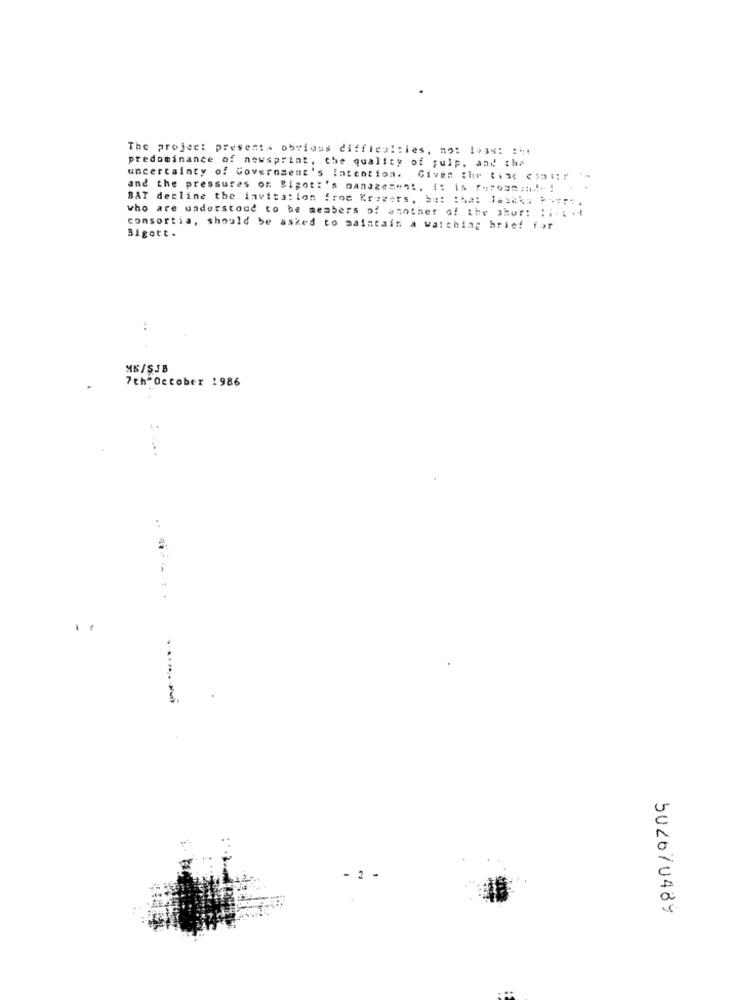
The project presents obvious difficulties, no: Iwas: :
predominance of newsprint, the quality of fulp. and the
uncertainty of Government's Intention. Given the tise Cial !!
and the pressures of. Bigot:'s management, i: is ferosemail- !
BAT decline the invitation from Krogers, be: : ha: Jaakky P -- vry,
who are understood to be members of amother of the shor: : 1.1 .
Bigott.
consortia, should be asked to maintain a watching brief for
MB/SJB
7th October 1986
..
- 2 -
502670489